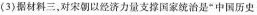
(3)据材料三，对宋朝以经济力量支撑国家统治是”中国历史